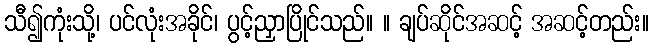
သီ၍ကုံးသို့၊ ပင်လုံးအခိုင်၊ ပွင့်ညှာပြိုင်သည်။ ။ ချပ်ဆိုင်အဆင့် အဆင့်တည်း။